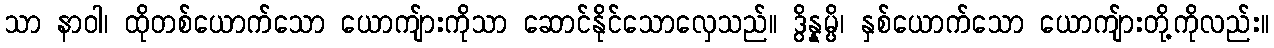
သာ နာဝါ၊ ထိုတစ်ယောက်သော ယောကျ်ားကိုသာ ဆောင်နိုင်သောလှေသည်။ ဒွိန္နမ္ပိ၊ နှစ်ယောက်သော ယောကျ်ားတို့ကိုလည်း။